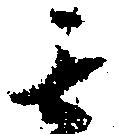
其